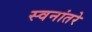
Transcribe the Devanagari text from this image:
स्वनांतरे